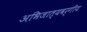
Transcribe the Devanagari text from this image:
अभिजात्यवर्गीय